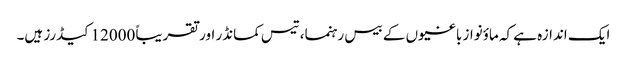
ایک اندازہ ہے کہ ماؤنواز باغیوں کے بیس رہنما، تیس کمانڈر اور تقریباً 12000 کیڈرز ہیں۔